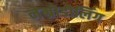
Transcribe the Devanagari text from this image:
नेम्रोडोलिंग